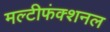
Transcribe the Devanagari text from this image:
मल्टीफंक्शनल